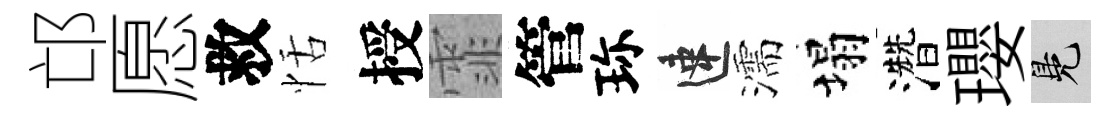
邙愿救恬授霏管珎速濡塌濳瓔鳬